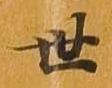
世